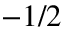
^ { - 1 / 2 }